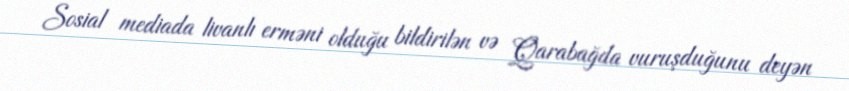
Sosial mediada livanlı erməni olduğu bildirilən və Qarabağda vuruşduğunu deyən